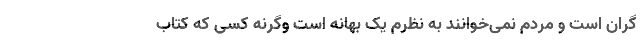
گران است و مردم نمی‌خوانند به نظرم یک بهانه است وگرنه کسی که کتاب